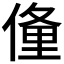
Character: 𬿙